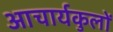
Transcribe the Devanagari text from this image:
आचार्यकुलों